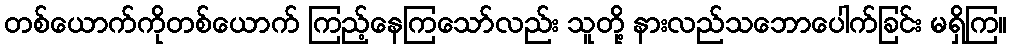
တစ်ယောက်ကိုတစ်ယောက် ကြည့်နေကြသော်လည်း သူတို့ နားလည်သဘောပေါက်ခြင်း မရှိကြ။